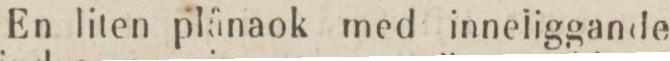
En liten plånaok med inneliggande